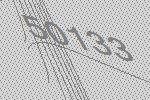
50133